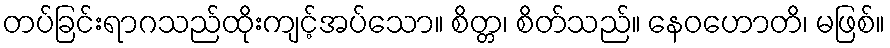
တပ်ခြင်းရာဂသည်ထိုးကျင့်အပ်သော။ စိတ္တ၊ စိတ်သည်။ နေဝဟောတိ၊ မဖြစ်။